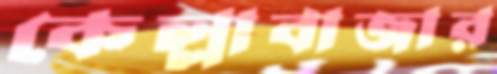
কেল্লাবাজার